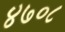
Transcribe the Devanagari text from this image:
४७०८